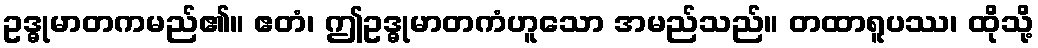
ဥဒ္ဓုမာတကမည်၏။ ဧတံ၊ ဤဥဒ္ဓုမာတကံဟူသော အမည်သည်။ တထာရူပဿ၊ ထိုသို့